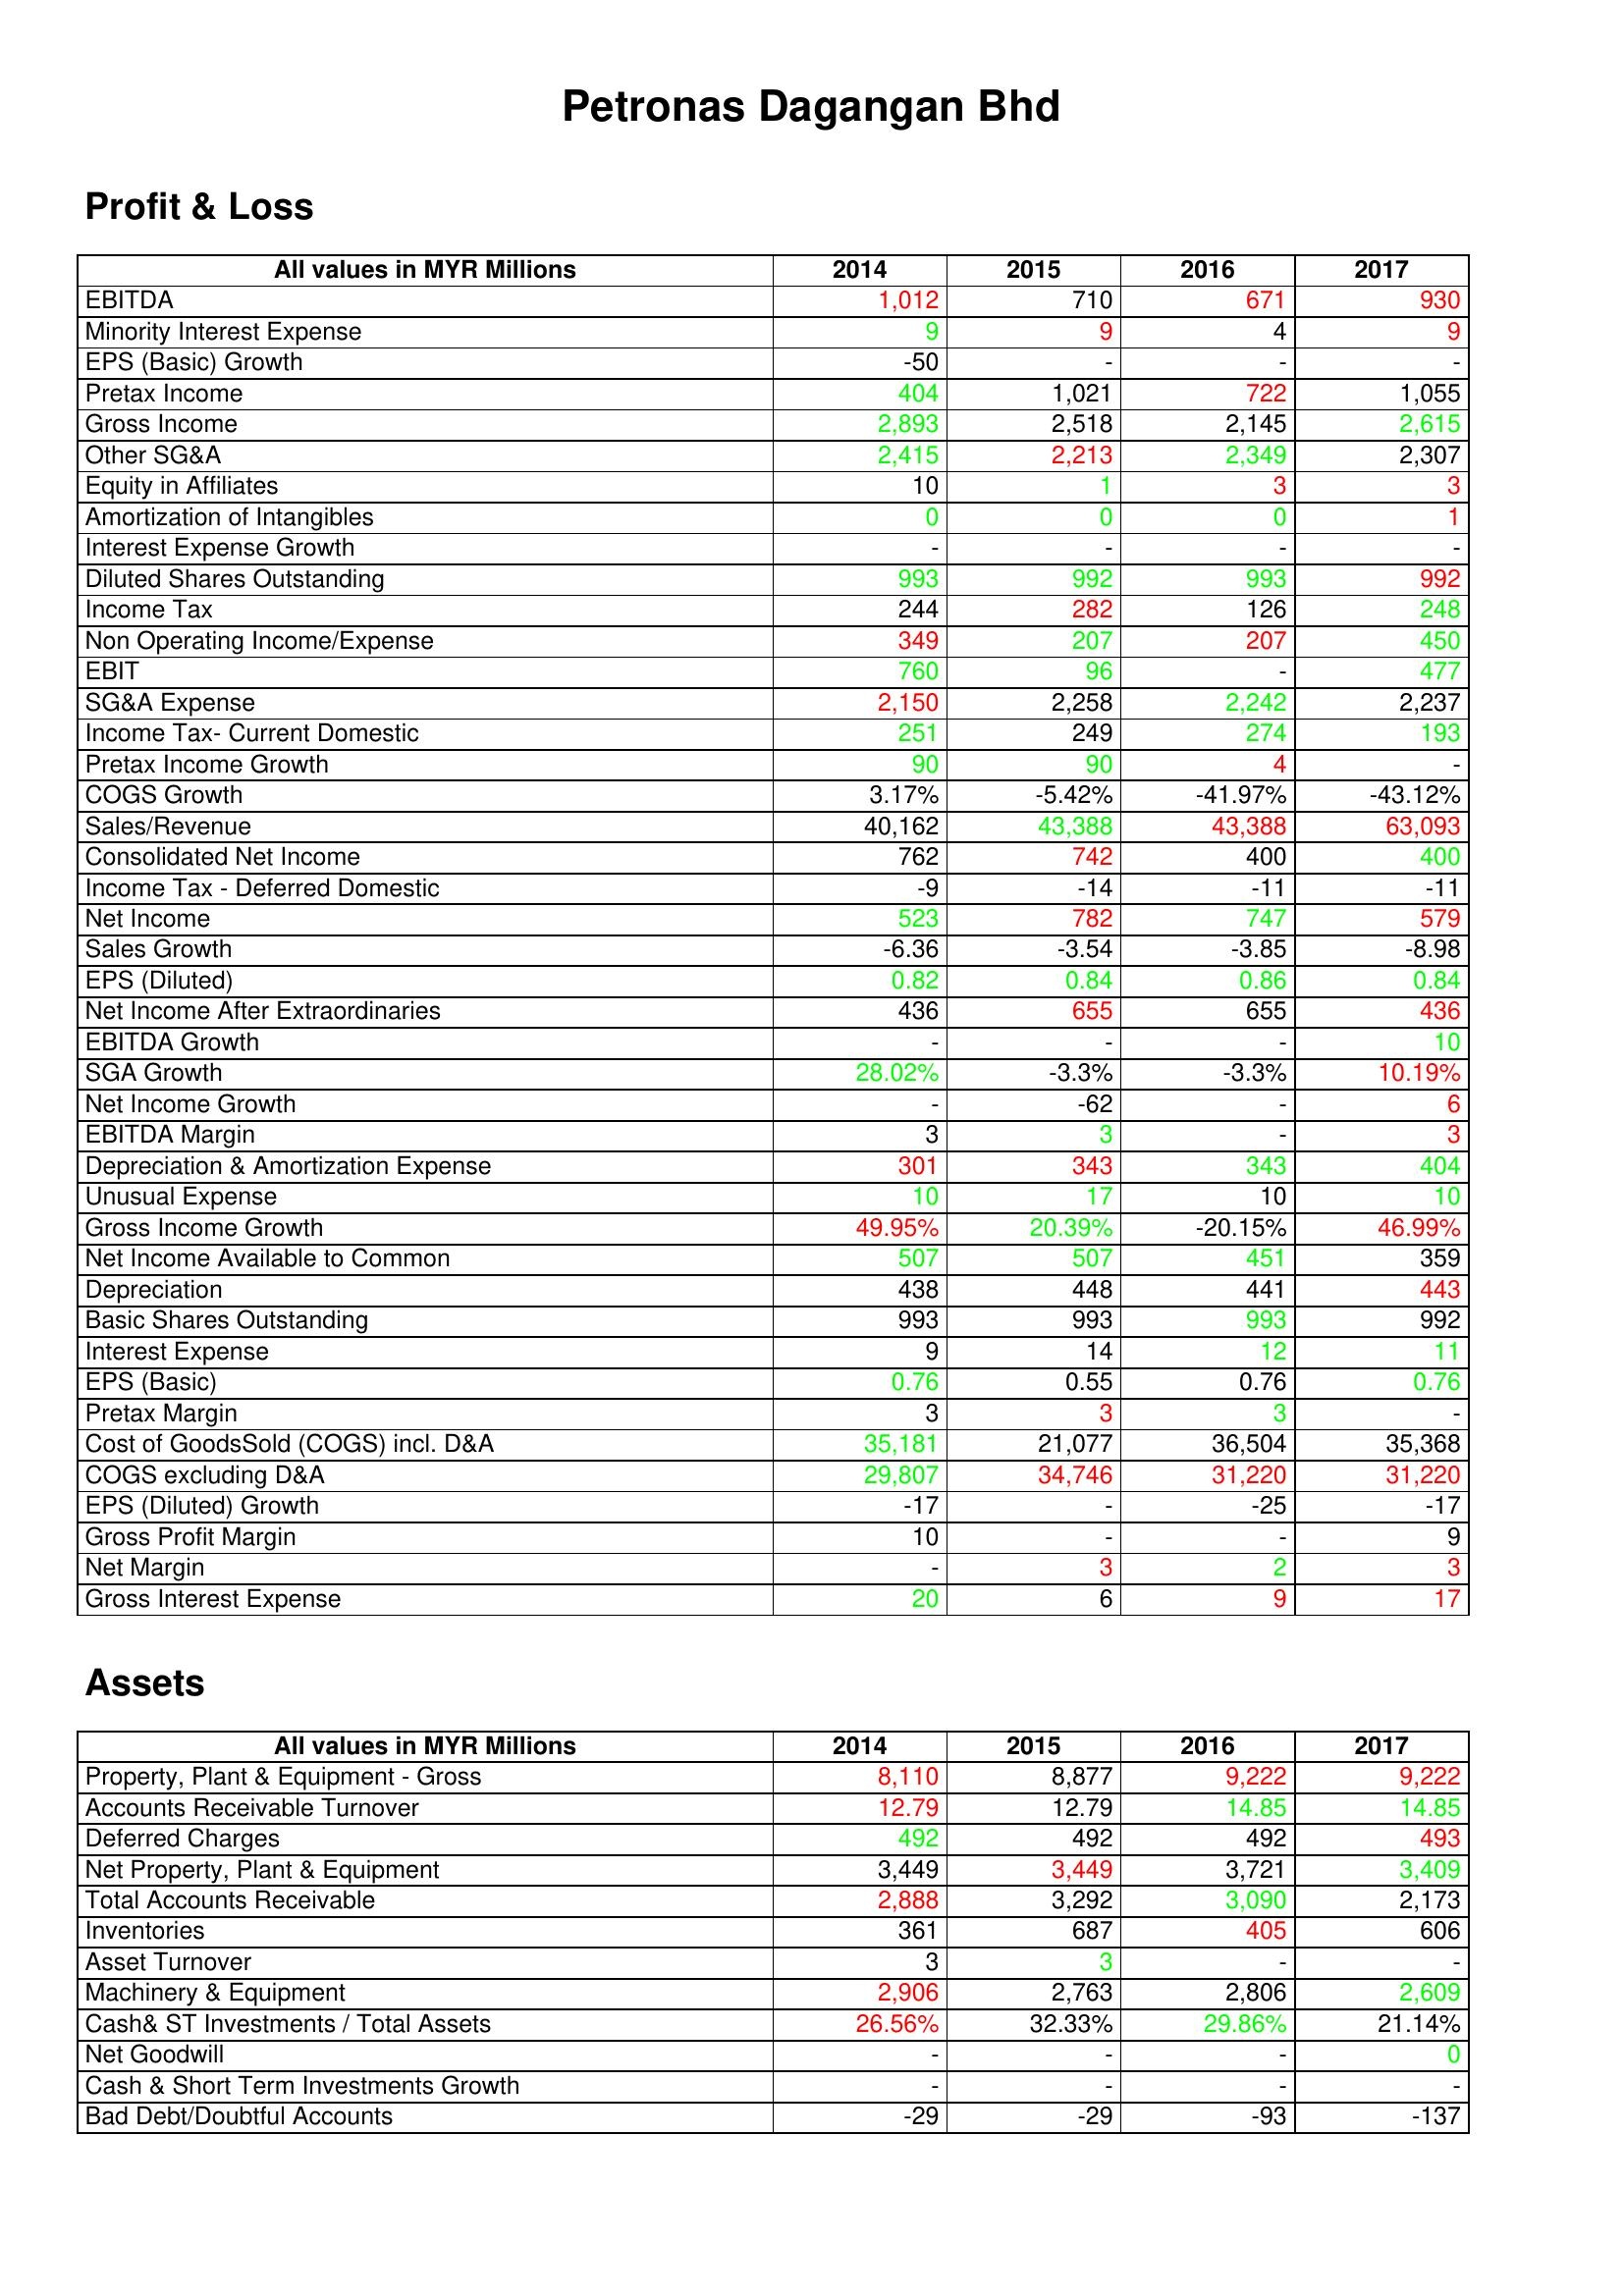
gt_parse: 2014: Profit & Loss: EBITDA: 1,012
Minority Interest Expense: 9
EPS (Basic) Growth: -50
Pretax Income: 404
Gross Income: 2,893
Other SG&A: 2,415
Equity in Affiliates: 10
Amortization of Intangibles: 0
Interest Expense Growth: -
Diluted Shares Outstanding: 993
Income Tax: 244
Non Operating Income/Expense: 349
EBIT: 760
SG&A Expense: 2,150
Income Tax- Current Domestic: 251
Pretax Income Growth: 90
COGS Growth: 3.17%
Sales/Revenue: 40,162
Consolidated Net Income: 762
Income Tax - Deferred Domestic: -9
Net Income: 523
Sales Growth: -6.36
EPS (Diluted): 0.82
Net Income After Extraordinaries: 436
EBITDA Growth: -
SGA Growth: 28.02%
Net Income Growth: -
EBITDA Margin: 3
Depreciation & Amortization Expense: 301
Unusual Expense: 10
Gross Income Growth: 49.95%
Net Income Available to Common: 507
Depreciation: 438
Basic Shares Outstanding: 993
Interest Expense: 9
EPS (Basic): 0.76
Pretax Margin: 3
Cost of GoodsSold (COGS) incl. D&A: 35,181
COGS excluding D&A: 29,807
EPS (Diluted) Growth: -17
Gross Profit Margin: 10
Net Margin: -
Gross Interest Expense: 20
Assets: Property, Plant & Equipment - Gross : 8,110
Accounts Receivable Turnover: 12.79
Deferred Charges: 492
Net Property, Plant & Equipment: 3,449
Total Accounts Receivable: 2,888
Inventories: 361
Asset Turnover: 3
Machinery & Equipment: 2,906
Cash& ST Investments / Total Assets: 26.56%
Net Goodwill: -
Cash & Short Term Investments Growth: -
Bad Debt/Doubtful Accounts: -29
2015: Profit & Loss: EBITDA: 710
Minority Interest Expense: 9
EPS (Basic) Growth: -
Pretax Income: 1,021
Gross Income: 2,518
Other SG&A: 2,213
Equity in Affiliates: 1
Amortization of Intangibles: 0
Interest Expense Growth: -
Diluted Shares Outstanding: 992
Income Tax: 282
Non Operating Income/Expense: 207
EBIT: 96
SG&A Expense: 2,258
Income Tax- Current Domestic: 249
Pretax Income Growth: 90
COGS Growth: -5.42%
Sales/Revenue: 43,388
Consolidated Net Income: 742
Income Tax - Deferred Domestic: -14
Net Income: 782
Sales Growth: -3.54
EPS (Diluted): 0.84
Net Income After Extraordinaries: 655
EBITDA Growth: -
SGA Growth: -3.3%
Net Income Growth: -62
EBITDA Margin: 3
Depreciation & Amortization Expense: 343
Unusual Expense: 17
Gross Income Growth: 20.39%
Net Income Available to Common: 507
Depreciation: 448
Basic Shares Outstanding: 993
Interest Expense: 14
EPS (Basic): 0.55
Pretax Margin: 3
Cost of GoodsSold (COGS) incl. D&A: 21,077
COGS excluding D&A: 34,746
EPS (Diluted) Growth: -
Gross Profit Margin: -
Net Margin: 3
Gross Interest Expense: 6
Assets: Property, Plant & Equipment - Gross : 8,877
Accounts Receivable Turnover: 12.79
Deferred Charges: 492
Net Property, Plant & Equipment: 3,449
Total Accounts Receivable: 3,292
Inventories: 687
Asset Turnover: 3
Machinery & Equipment: 2,763
Cash& ST Investments / Total Assets: 32.33%
Net Goodwill: -
Cash & Short Term Investments Growth: -
Bad Debt/Doubtful Accounts: -29
2016: Profit & Loss: EBITDA: 671
Minority Interest Expense: 4
EPS (Basic) Growth: -
Pretax Income: 722
Gross Income: 2,145
Other SG&A: 2,349
Equity in Affiliates: 3
Amortization of Intangibles: 0
Interest Expense Growth: -
Diluted Shares Outstanding: 993
Income Tax: 126
Non Operating Income/Expense: 207
EBIT: -
SG&A Expense: 2,242
Income Tax- Current Domestic: 274
Pretax Income Growth: 4
COGS Growth: -41.97%
Sales/Revenue: 43,388
Consolidated Net Income: 400
Income Tax - Deferred Domestic: -11
Net Income: 747
Sales Growth: -3.85
EPS (Diluted): 0.86
Net Income After Extraordinaries: 655
EBITDA Growth: -
SGA Growth: -3.3%
Net Income Growth: -
EBITDA Margin: -
Depreciation & Amortization Expense: 343
Unusual Expense: 10
Gross Income Growth: -20.15%
Net Income Available to Common: 451
Depreciation: 441
Basic Shares Outstanding: 993
Interest Expense: 12
EPS (Basic): 0.76
Pretax Margin: 3
Cost of GoodsSold (COGS) incl. D&A: 36,504
COGS excluding D&A: 31,220
EPS (Diluted) Growth: -25
Gross Profit Margin: -
Net Margin: 2
Gross Interest Expense: 9
Assets: Property, Plant & Equipment - Gross : 9,222
Accounts Receivable Turnover: 14.85
Deferred Charges: 492
Net Property, Plant & Equipment: 3,721
Total Accounts Receivable: 3,090
Inventories: 405
Asset Turnover: -
Machinery & Equipment: 2,806
Cash& ST Investments / Total Assets: 29.86%
Net Goodwill: -
Cash & Short Term Investments Growth: -
Bad Debt/Doubtful Accounts: -93
2017: Profit & Loss: EBITDA: 930
Minority Interest Expense: 9
EPS (Basic) Growth: -
Pretax Income: 1,055
Gross Income: 2,615
Other SG&A: 2,307
Equity in Affiliates: 3
Amortization of Intangibles: 1
Interest Expense Growth: -
Diluted Shares Outstanding: 992
Income Tax: 248
Non Operating Income/Expense: 450
EBIT: 477
SG&A Expense: 2,237
Income Tax- Current Domestic: 193
Pretax Income Growth: -
COGS Growth: -43.12%
Sales/Revenue: 63,093
Consolidated Net Income: 400
Income Tax - Deferred Domestic: -11
Net Income: 579
Sales Growth: -8.98
EPS (Diluted): 0.84
Net Income After Extraordinaries: 436
EBITDA Growth: 10
SGA Growth: 10.19%
Net Income Growth: 6
EBITDA Margin: 3
Depreciation & Amortization Expense: 404
Unusual Expense: 10
Gross Income Growth: 46.99%
Net Income Available to Common: 359
Depreciation: 443
Basic Shares Outstanding: 992
Interest Expense: 11
EPS (Basic): 0.76
Pretax Margin: -
Cost of GoodsSold (COGS) incl. D&A: 35,368
COGS excluding D&A: 31,220
EPS (Diluted) Growth: -17
Gross Profit Margin: 9
Net Margin: 3
Gross Interest Expense: 17
Assets: Property, Plant & Equipment - Gross : 9,222
Accounts Receivable Turnover: 14.85
Deferred Charges: 493
Net Property, Plant & Equipment: 3,409
Total Accounts Receivable: 2,173
Inventories: 606
Asset Turnover: -
Machinery & Equipment: 2,609
Cash& ST Investments / Total Assets: 21.14%
Net Goodwill: 0
Cash & Short Term Investments Growth: -
Bad Debt/Doubtful Accounts: -137